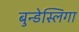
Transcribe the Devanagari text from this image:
बुन्डेस्लिगा